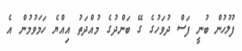
ފުލުހުން ބުނީ ފަސް ދުވަހުގެ ގޭ ބަންދުގެ މުއްދަތު އިއްޔެ ހަމަވުމުން އެ